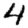
Digit: 4